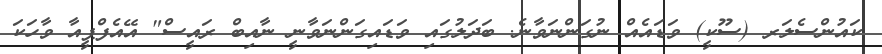
ކައުންސެލަރ (ސޫކީ) ވަޑައެއް ނުގަންނަވާނެ. ބަދަލުގައި ވަޑައިގަންނަވާނީ ނާއިބް ރައީސް" އޭއެފްޕީއާ ވާހަކަ